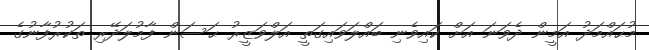
މުޙައްމަދު އަމީން ދެވަނަ އަށް ކައިވެނި ބައްލަވައިގަތީ އަލްވަޒީރު ޙަސަން ފާމުލަދޭރި ތަކުރުފާނުގެ